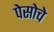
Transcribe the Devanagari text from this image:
पेसोचे